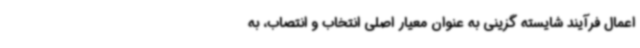
اعمال فرآیند شایسته گزینی به عنوان معیار اصلی انتخاب و انتصاب، به